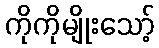
ကိုကိုမျိုးသော့်